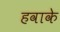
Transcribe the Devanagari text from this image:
हवाके